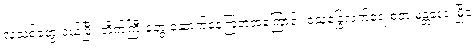
လူသစ်တွေ ဝယ်ပြီး တိုက်ကြီးတွေ ဆောက်နေကြတဲ့အကြောင်း ဝသုန္ဒြေလက်ရေးစတဲ့ မန္တလေးမြို့ခံ